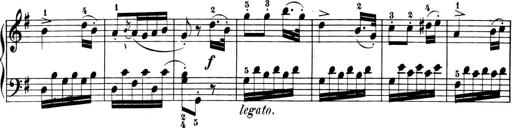
Title: 6 Piano Sonatinas
Composer: Cornelius Gurlitt